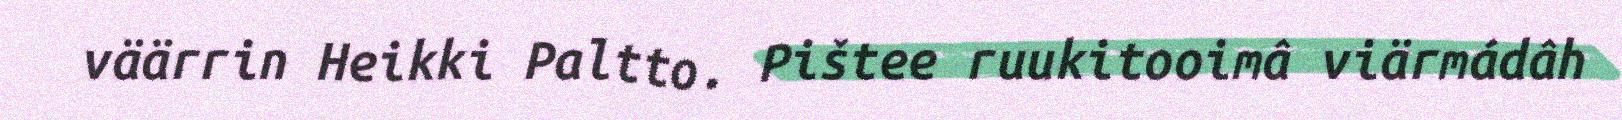
väärrin Heikki Paltto. Pištee ruukitooimâ viärmádâh